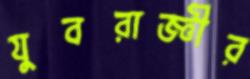
যুবরাজ্ঞীর